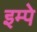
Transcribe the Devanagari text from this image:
इम्पे